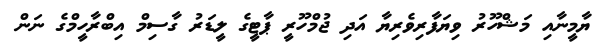
ޔާމީނާއި މަޝްހޫރު ވިޔަފާރިވެރިޔާ އަދި ޖުމްހޫރީ ޕާޓީގެ ލީޑަރު ގާސިމް އިބްރާހީމްގެ ނަން